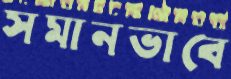
সমানভাবে